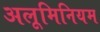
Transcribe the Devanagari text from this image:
अलूमिनियम